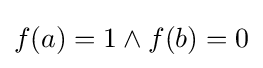
f(a)=1\land f(b)=0